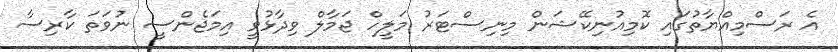
އެ ރަސްމިއްޔާތުގައި ކޮމިއުނިކޭޝަން މިނިސްޓަރު މަލީހް ޖަމާލް ވިދާޅުވީ އިމަޖެންސީ ނުވަތަ ކާރިސާ